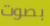
بصوت